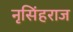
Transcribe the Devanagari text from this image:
नृसिंहराज